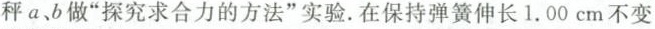
秤a、b做”探究求合力的方法”实验。在保持弹簧伸长1.00cm不变